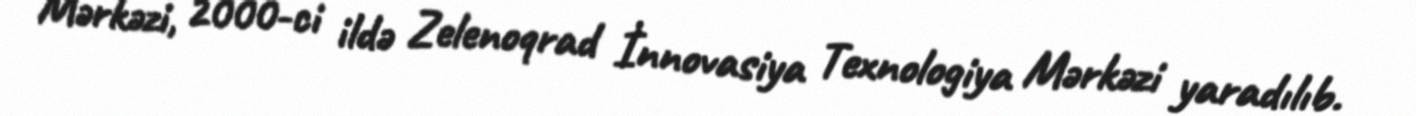
Mərkəzi, 2000-ci ildə Zelenoqrad İnnovasiya Texnologiya Mərkəzi yaradılıb.